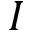
I